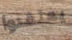
يعتقدوا